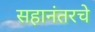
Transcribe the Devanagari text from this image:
सहानंतरचे